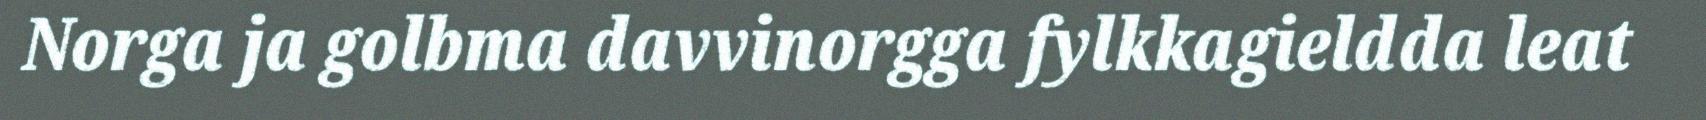
Norga ja golbma davvinorgga fylkkagieldda leat